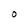
Character: 0